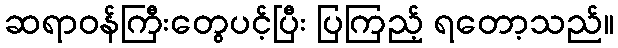
ဆရာဝန်ကြီးတွေပင့်ပြီး ပြကြည့် ရတော့သည်။